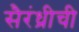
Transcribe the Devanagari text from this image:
सैरंध्रीची